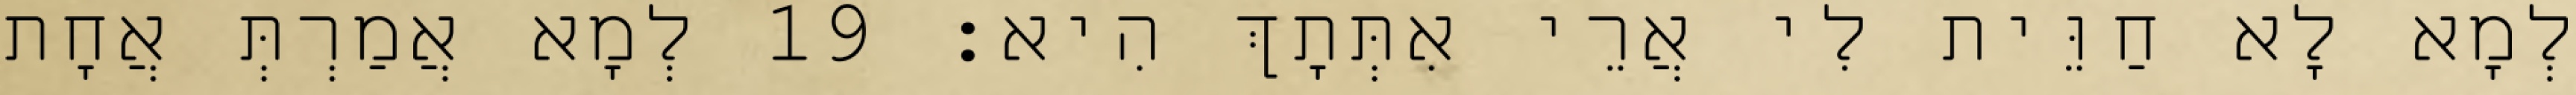
לְמָא לָא חַוֵּית לִי אֲרֵי אִתְּתָךְ הִיא׃ 19 לְמָא אֲמַרְתְּ אֲחָת